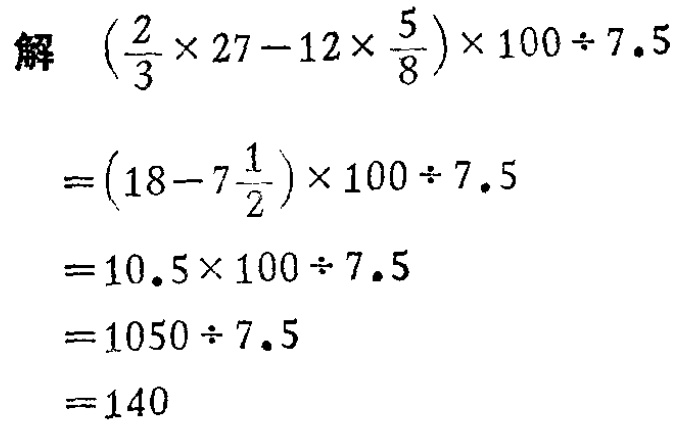
解 \(\left(\frac{2}{3} \times 27 - 12 \times \frac{5}{8}\right) \times 100 \div 7.5\)

\(=\left(18 - 7\frac{1}{2}\right) \times 100 \div 7.5\)

\(=10.5 \times 100 \div 7.5\)

\(=1050 \div 7.5\)

\(=140\)